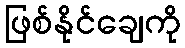
ဖြစ်နိုင်ချေကို